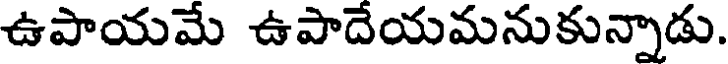
ఉపాయమే ఉపాదేయమనుకున్నాడు.